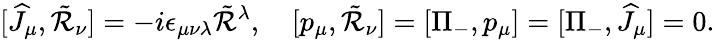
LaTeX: [\widehat{J}_{\mu},\tilde{\cal R}_{\nu}]=-i\epsilon_{\mu\nu\lambda}\tilde{\cal R}{}^{\lambda},\quad[p_{\mu},\tilde{\cal R}_{\nu}]=[\Pi_{-},p_{\mu}]=[\Pi_{-},\widehat{J}_{\mu}]=0.